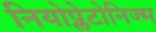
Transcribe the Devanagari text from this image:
नियोप्लेटोनिज्म